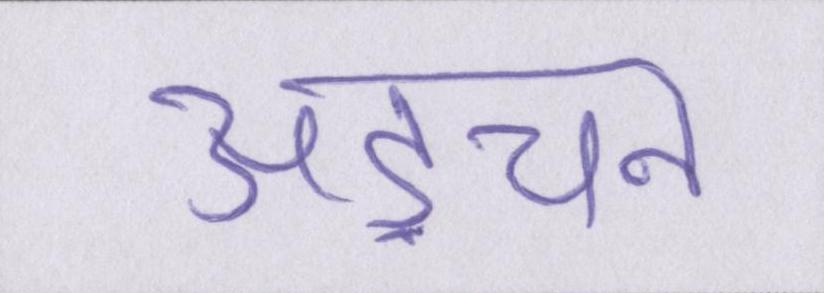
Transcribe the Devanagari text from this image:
अड़चन